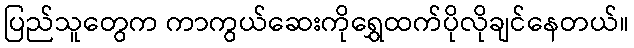
ပြည်သူတွေက ကာကွယ်ဆေးကိုရွှေထက်ပိုလိုချင်နေတယ်။